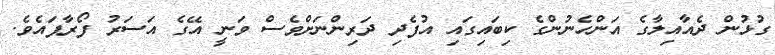
ގުޅުން ދެއާއިލާގެ އަންހެނުންގެ ކިބައިގައި އުފެދި ދަރިންނަށްވެސް ވަނީ އޭގެ އަސަރު ފޯރާފައެވެ.